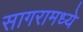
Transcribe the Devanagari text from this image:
सागरामध्ये